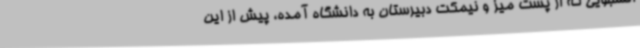
انشجویی که از پشت میز و نیمکت دبیرستان به دانشگاه آمده، پیش از این